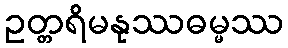
ဥတ္တရိမနုဿဓမ္မဿ